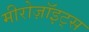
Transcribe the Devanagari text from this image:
मीरोज़ॉइट्स